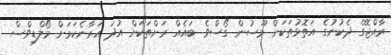
ރާއްޖޭގެ ދެކުނުގެ އަތޮޅުތަކަށް މޫސުން ގޯސްވެ ބައެއް ރަށްތަކަށް އުދަ އަރާނެކަމަށް މޯލްޑިވްސް